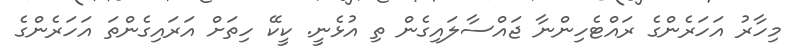
މިހާރު އަހަރެންގެ ރައްޓެހިންނާ ޖައްސާލައިގެން ތި އުޅެނީ. ކީކޭ ހިތަށް އަރައިގެންތަ އަހަރެންގެ